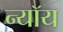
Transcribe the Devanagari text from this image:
न्यॉय